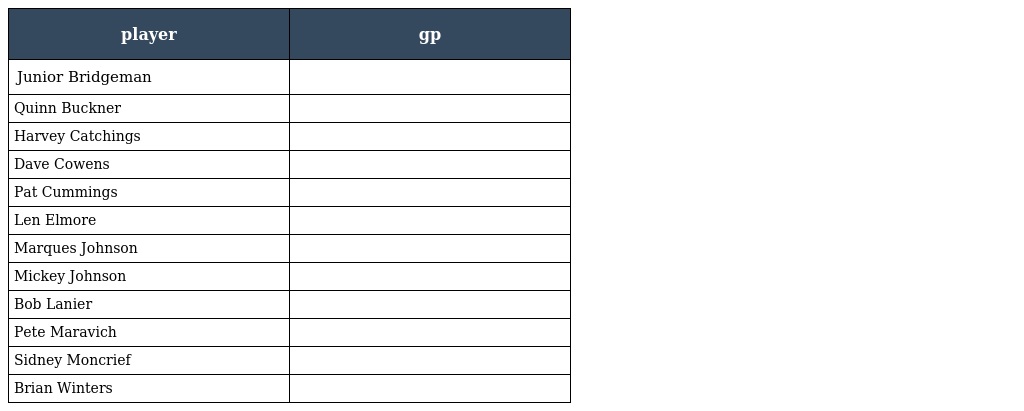
| player | gp |
 | --- | --- |
 | Junior Bridgeman |  |
 | Quinn Buckner |  |
 | Harvey Catchings |  |
 | Dave Cowens |  |
 | Pat Cummings |  |
 | Len Elmore |  |
 | Marques Johnson |  |
 | Mickey Johnson |  |
 | Bob Lanier |  |
 | Pete Maravich |  |
 | Sidney Moncrief |  |
 | Brian Winters |  |